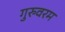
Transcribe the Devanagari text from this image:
गुरुवरम